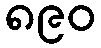
၈၉၀